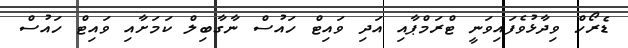
ޑެރޯހް ވިދާޅުވެފައިވަނީ ޓްރަމްޕާއި އަދި ވައިޓް ހައުސް ނާގާބިލް ކަމަށާއި ވައިޓް ހައުސް